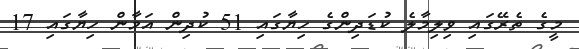
މީގެ ތެރޭގައި ވިލިމާލެ ކުޑަދިންގެ ހިޔާގައި 51 ކުދިން އަމާން ހިޔާގައި 17